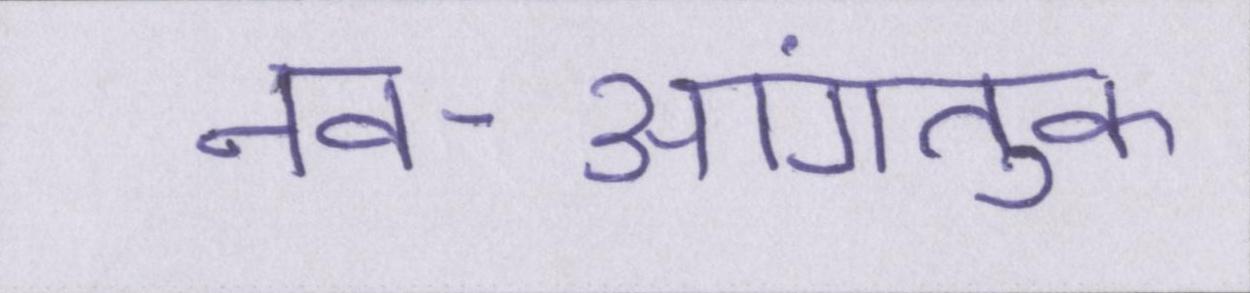
नव-आगंतुक